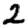
Digit: 2